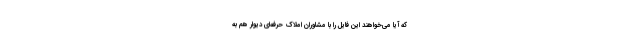
که آیا می‌خواهند این فایل را با مشاوران املاک حرفه‌ای دیوار هم به